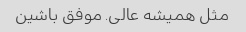
مثل همیشه عالی. موفق باشین